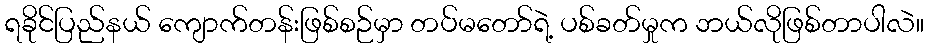
ရခိုင်ပြည်နယ် ကျောက်တန်းဖြစ်စဉ်မှာ တပ်မတော်ရဲ့ ပစ်ခတ်မှုက ဘယ်လိုဖြစ်တာပါလဲ။